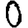
Digit: 0